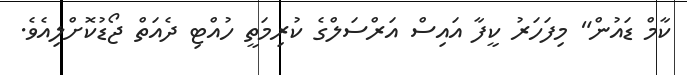
ކާމް ޑައުން" މިފަހަރު ކީފާ އައިސް އަރްސަލްގެ ކުރިމަތީ ހުއްޓި ދެއަތް ޖޯޑުކޮށްލިއެވެ.